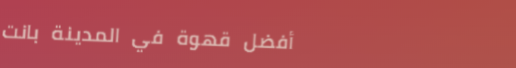
أفضل قهوة في المدينة بانت